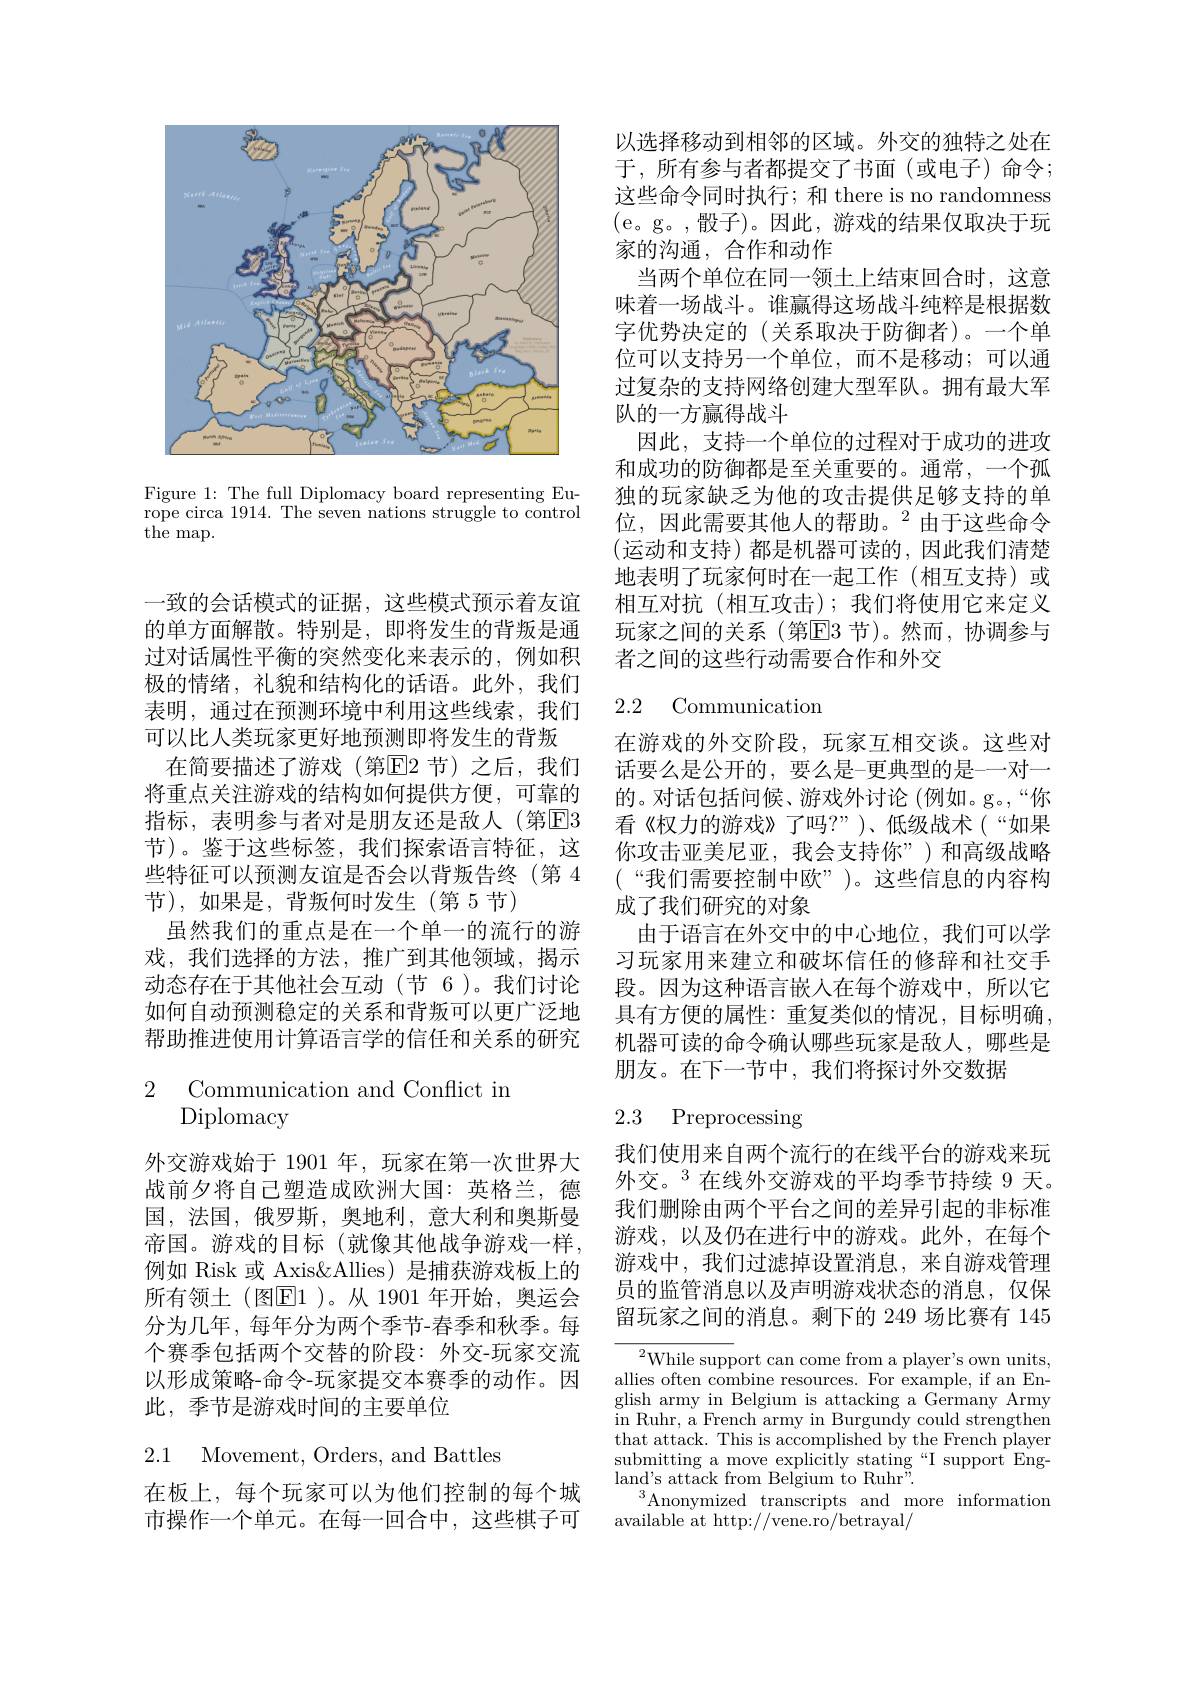
<FigureHere>

Figure 1: The full Diplomacy board representing Europe circa 1914. The seven nations struggle to control the map.

一致的会话模式的证据，这些模式预示着友谊的单方面解散。特别是，即将发生的背叛是通过对话属性平衡的突然变化来表示的，例如积极的情绪，礼貌和结构化的话语。此外，我们表明，通过在预测环境中利用这些线索，我们可以比人类玩家更好地预测即将发生的背叛
在简要描述了游戏(第$\overline{\mathrm{E}}$2节)之后，我们将重点关注游戏的结构如何提供方便，可靠的指标，表明参与者对是朋友还是敌人(第☑E3节)。鉴于这些标签，我们探索语言特征，这些特征可以预测友谊是否会以背叛告终(第 4节),如果是，背叛何时发生(第5节)
虽然我们的重点是在一个单一的流行的游戏，我们选择的方法，推广到其他领域，揭示动态存在于其他社会互动(节 6)。我们讨论如何自动预测稳定的关系和背叛可以更广泛地帮助推进使用计算语言学的信任和关系的研究

# 2 Communication and Conflict in Diplomacy

外交游戏始于 1901 年，玩家在第一次世界大战前夕将自己塑造成欧洲大国：英格兰，德国，法国，俄罗斯，奥地利，意大利和奥斯曼帝国。游戏的目标(就像其他战争游戏一样， 例如 Risk 或 Axis&Allies) 是捕获游戏板上的所有领土(图$\overline{\mathrm{E}}1$ )。从 1901 年开始，奥运会分为几年，每年分为两个季节-春季和秋季。每个赛季包括两个交替的阶段：外交-玩家交流以形成策略-命令-玩家提交本赛季的动作。因此，季节是游戏时间的主要单位

2.1 Movement, Orders, and Battles

在板上，每个玩家可以为他们控制的每个城市操作一个单元。在每一回合中，这些棋子可

以选择移动到相邻的区域。外交的独特之处在于，所有参与者都提交了书面(或电子)命令； 这些命令同时执行；和 there is no randomness (e。g。,骰子)。因此，游戏的结果仅取决于玩家的沟通，合作和动作
当两个单位在同一领土上结束回合时，这意味着一场战斗。谁赢得这场战斗纯粹是根据数字优势决定的(关系取决于防御者)。一个单位可以支持另一个单位，而不是移动；可以通过复杂的支持网络创建大型军队。拥有最大军队的一方赢得战斗
因此，支持一个单位的过程对于成功的进攻和成功的防御都是至关重要的。通常，一个孤独的玩家缺乏为他的攻击提供足够支持的单位，因此需要其他人的帮助。$^2$由于这些命令(运动和支持)都是机器可读的，因此我们清楚地表明了玩家何时在一起工作(相互支持)或相互对抗(相互攻击);我们将使用它来定义玩家之间的关系(第$\overline{\mathrm{E}}$3 节)。然而，协调参与者之间的这些行动需要合作和外交

## 2.2 Communication

在游戏的外交阶段，玩家互相交谈。这些对话要么是公开的，要么是-更典型的是-一对一的。对话包括问候、游戏外讨论 (例如。g。,“你看《权力的游戏》了吗？”)、低级战术(“如果你攻击亚美尼亚，我会支持你”)和高级战略(“ 我 们 需 要 控 制 中 欧 ” ) 。这 些 信 息 的 内 容 构 成了我们研究的对象
由于语言在外交中的中心地位，我们可以学习玩家用来建立和破坏信任的修辞和社交手段。因为这种语言嵌人在每个游戏中，所以它具有方便的属性：重复类似的情况，目标明确， 机器可读的命令确认哪些玩家是敌人，哪些是朋友。在下一节中，我们将探讨外交数据

2.3 Preprocessing

我们使用来自两个流行的在线平台的游戏来玩外交。$^{3}$在线外交游戏的平均季节持续 9 天。我们删除由两个平台之间的差异引起的非标准游戏，以及仍在进行中的游戏。此外，在每个游戏中，我们过滤掉设置消息，来自游戏管理员的监管消息以及声明游戏状态的消息，仅保留玩家之间的消息。剩下的 249 场比赛有 145

$\operatorname*{lim}_{c\to1}^{2}$While support can come from a player's own units, allies often combine resources. For example, if an English army in Belgium is attacking a Germany Army in Ruhr, a French army in Burgundy could strengthen that attack. This is accomplished by the French player submitting a move explicitly stating“I support England's attack from Belgium to Ruhr".
$^3$Anonymized transcripts and more information
available at http://vene.ro/betrayal/